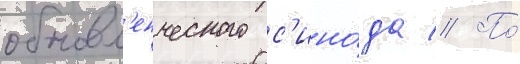
обновл'енческого с'ино́да // По́